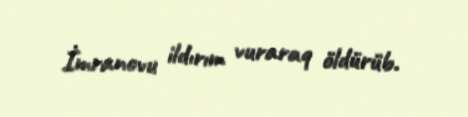
İmranovu ildırım vuraraq öldürüb.